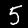
Label: 5